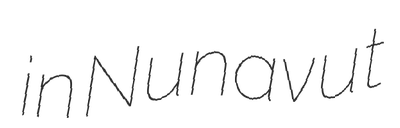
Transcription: in Nunavut